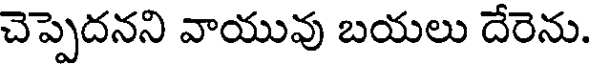
చెప్పెదనని వాయువు బయలు దేరెను.